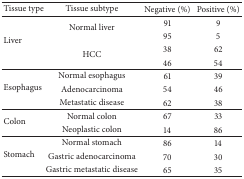
| Tissue type | Tissue subtype | Negative (%) | Positive (%) |
 | --- | --- | --- | --- |
 | <ROWSPAN=4> Liver | <ROWSPAN=2> Normal liver | 91 | 9 |
 | 95 | 5 |
 | <ROWSPAN=2> HCC | 38 | 62 |
 | 46 | 54 |
 | <ROWSPAN=3> Esophagus | Normal esophagus | 61 | 39 |
 | Adenocarcinoma | 54 | 46 |
 | Metastatic disease | 62 | 38 |
 | <ROWSPAN=2> Colon | Normal colon | 67 | 33 |
 | Neoplastic colon | 14 | 86 |
 | <ROWSPAN=3> Stomach | Normal stomach | 86 | 14 |
 | Gastric adenocarcinoma | 70 | 30 |
 | Gastric metastatic disease | 65 | 35 |